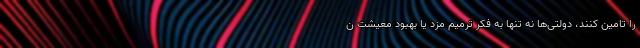
را تامین کنند، دولتی‌ها نه تنها به فکر ترمیم مزد یا بهبود معیشت ن